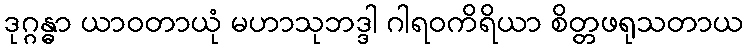
ဒုဂ္ဂန္ဓာ ယာဝတာယုံ မဟာသုဘဒ္ဒါ ဂါရဝကိရိယာ စိတ္တဖရုသတာယ